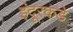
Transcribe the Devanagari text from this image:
इंदूरकडे